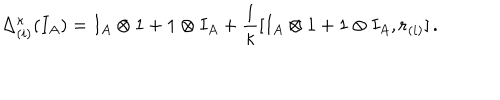
LaTeX: \Delta _ { ( i ) } ^ { \kappa } ( I _ { A } ) = I _ { A } \otimes 1 + 1 \otimes I _ { A } + \frac { 1 } { \kappa } [ I _ { A } \otimes 1 + 1 \otimes I _ { A } , { \bf r } _ { ( i ) } ] \, .